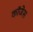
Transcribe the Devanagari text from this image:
कॉजेस